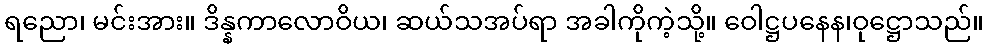
ရညော၊ မင်းအား။ ဒိန္နကာလောဝိယ၊ ဆယ်သအပ်ရာ အခါကိုကဲ့သို့။ ဝေါဋ္ဌပနေန၊ဝုဋ္ဌောသည်။